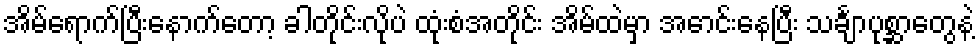
အိမ်ရောက်ပြီးနောက်တော့ ခါတိုင်းလိုပဲ ထုံးစံအတိုင်း အိမ်ထဲမှာ အောင်းနေပြီး သင်္ချာပုစ္ဆာတွေနဲ့